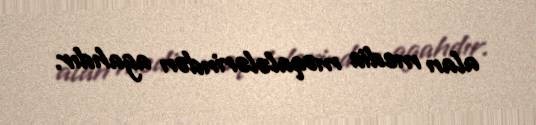
alan media məqalələrindən agahdır.